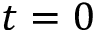
t = 0